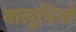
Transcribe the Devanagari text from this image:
बालूचित्रों